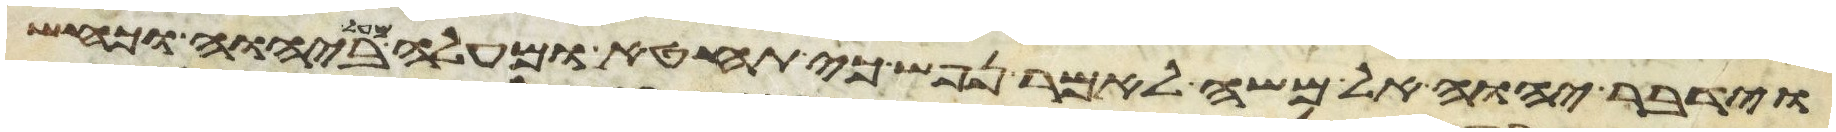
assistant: וידבר יהוה אל משה לאמר נפש כי תחטא ומעלה מעל ביהוה וכחש